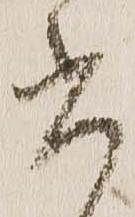
書